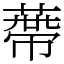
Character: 蔕